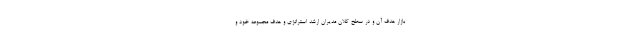
بازار هدف آن و در سطح کلان مدیران ارشد استراتژی و هدف مجموعه خود و